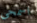
اسمحي